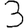
Digit: 3